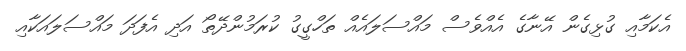
އެކަމާއި ގުޅިގެން އޭނާގެ އެއްވެސް މައްސަލައެއް ތަހްގީގު ކުރަމުންދޭތޯ އަދި އެފަދަ މައްސަލައަކާއި